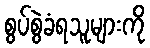
စွပ်စွဲခံရသူများကို